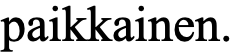
paikkainen.